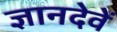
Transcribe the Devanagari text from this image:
ज्ञानदेवें